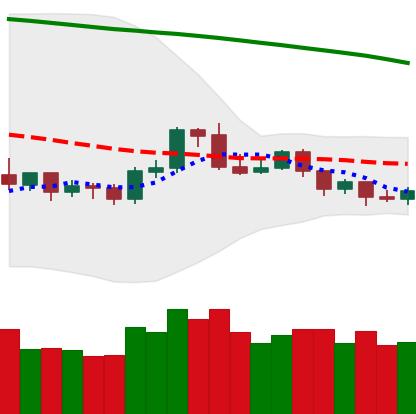
Ticker: ETH-USD
Chart end date: 2019-10-20
Forward return: 3.412%
Label: up_3_5